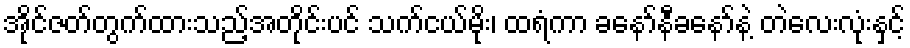
အိုင်ဇတ်တွက်ထားသည့်အတိုင်းပင် သက်ငယ်မိုး၊ ထရံကာ ခနော်နီခနော်နဲ့ တဲလေးလုံးနှင့်